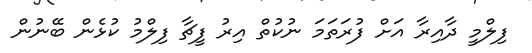
ފިލްމީ ދާއިރާ އަށް ފުރަތަމަ ނުކުތް އިރު ފީޗާ ފިލްމު ކުޅެން ބޭނުން